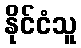
နိုင်ငံသူ